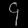
Digit: ၄